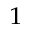
^ 1